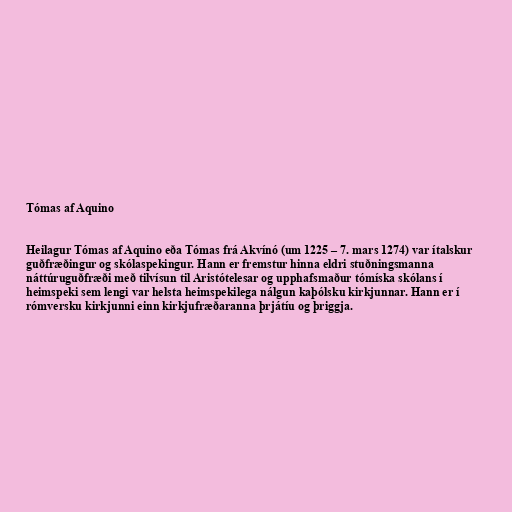
Tómas af Aquino

Heilagur Tómas af Aquino eða Tómas frá Akvínó (um 1225 – 7. mars 1274) var ítalskur
guðfræðingur og skólaspekingur. Hann er fremstur hinna eldri stuðningsmanna
náttúruguðfræði með tilvísun til Aristótelesar og upphafsmaður tómíska skólans í
heimspeki sem lengi var helsta heimspekilega nálgun kaþólsku kirkjunnar. Hann er í
rómversku kirkjunni einn kirkjufræðaranna þrjátíu og þriggja.